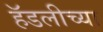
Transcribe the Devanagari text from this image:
हॅडलीच्या